Vaccination in Burma 1920-1933 - 1920-1933
Year: 1920
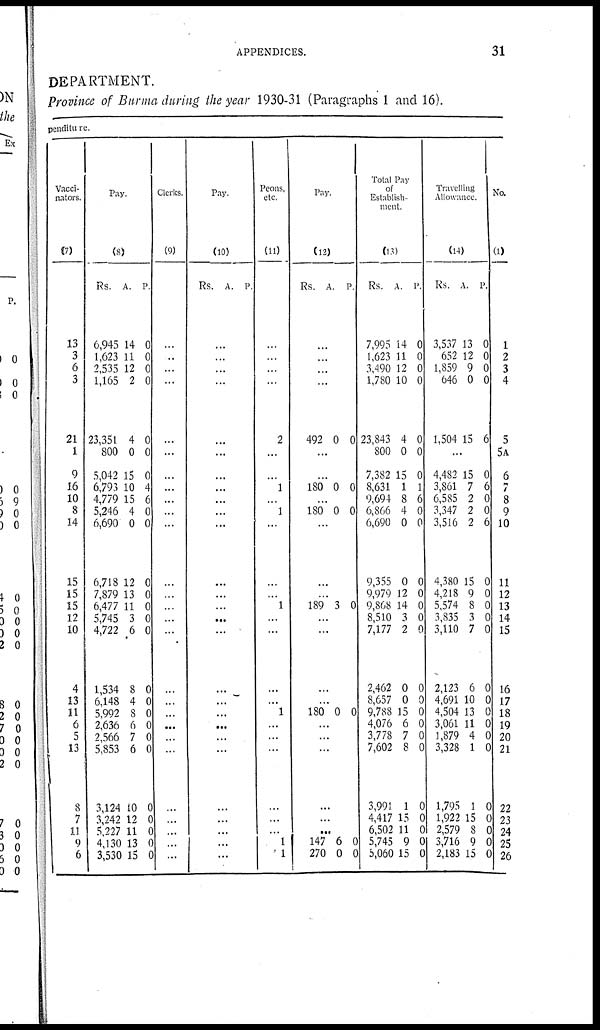
APPENDICES.
31
DEPARTMENT.
Province of Burma during the year 1930-31 (Paragraphs 1 and 16).
penditure.
Vacci-
nators.
(7)
13
3
6
3
21
1
9
16
10
8
14
15
15
15
12
10
4
13
11
6
5
13
8
7
11
9
6
Pay.
(8)
Rs.
6,945
1,623
2,535
1,165
23,351
800
5,042
6,793
4,779
5,246
6,690
6,718
7,879
6,477
5,745
4,722
1,534
6,148
5,992
2,636
2,566
5,853
3,124
3,242
5,227
4,130
3,530
A.
14
11
12
2
4
0
15
10
15
4
0
12
13
11
3
6
8
4
8
6
7
6
10
12
11
13
15
P.
0
0
0
0
0
0
0
4
6
0
0
0
0
0
0
0
0
0
0
0
0
0
0
0
0
0 0
Clerks.
(9)
...
...
...
...
...
...
...
...
...
...
...
...
...
...
...
...
...
...
...
...
...
...
...
...
...
...
...
Pay.
(10)
Rs. A. P.
...
...
...
...
...
...
...
...
...
...
...
...
...
...
...
...
...
...
...
...
...
...
...
...
...
...
...
Peons,
etc.
(11)
...
...
...
...
2
...
...
1
...
1
...
...
...
1
...
...
...
...
1
...
...
...
...
...
...
1
1
Pay.
(12)
Rs.
A. P.
...
...
...
...
492 0 0
...
...
180 0 0
...
180 0 0
...
...
...
189 3 0
...
...
...
...
180 0 0
...
...
...
...
...
...
147
270
6
0
0
0
Total Pay
of
Establish-
ment.
(13)
Rs.
7,995
1,623
3,490
1,780
23,843
800
7,382
8,631
9,694
6,866
6,690
9,355
9,979
9,868
8,510
7,177
2,462
8,657
9,788
4,076
3,778
7,602
3,991
4,417
6,502
5,745
5,060
A.
14
11
12
10
4
0
15
1
8
4
0
0
12
14
3
2
0
0
15
6
7
8
1
15
11
9
15
P.
0
0
0
0
0
0
0
1
6
0
0
0
0
0
0
0
0
0
0
0
0
0
0
0
0
0
0
Travelling
Allowance.
(14)
Rs.
3,537
652
1,859
646
1,504
A.
13
12
9
0
15
P.
0
0
0
0
6
...
4,482
3,861
6,585
3,347
3,516
4,380
4,218
5,574
3,835
3,110
2,123
4,691
4,504
3,061
1,879
3,328
1,795
1,922
2,579
3,716
2,183
15
7
2
2
2
15
9
8
3
7
6
10
13
11
4
1
1
15
8
9
15
0
6
0
0
6
0
0
0
0
0
0
0
0
0
0
0
0
0
0
0
0
No.
(1)
1
2
3
4
5
5A
6
7
8
9
10
11
12
13
14
15
16
17
18
19
20
21
22
23
24
25
26